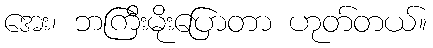
အေး၊ ဘကြီးမိုးပြောတာ ဟုတ်တယ်။